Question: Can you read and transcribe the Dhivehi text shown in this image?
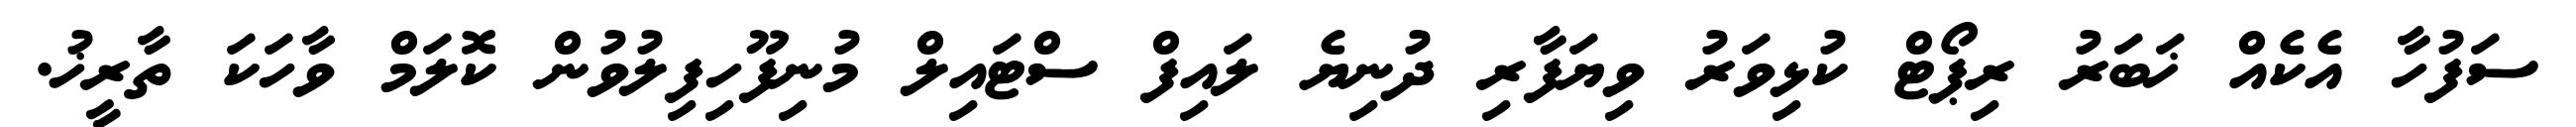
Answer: ސަފުހާ އެކެއް ޚަބަރު ރިޕޯޓް ކުޅިވަރު ވިޔަފާރި ދުނިޔެ ލައިފް ސްޓައިލް މުނިފޫހިފިލުވުން ކޮލަމް ވާހަކަ ތާރީޚު.